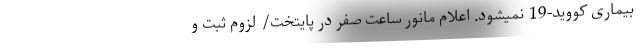
بیماری کووید-19 نمیشود. اعلام مانور ساعت صفر در پایتخت/ لزوم ثبت و